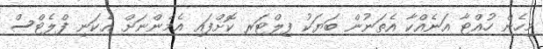
މިހެން ހުއްޓާ އަނެއްކާ އެތަނުން ބަޔަކު ފިލްޓަރ ކޮށްފައި އެމެންނަށް އެކަނި ފްލެޓްސް